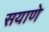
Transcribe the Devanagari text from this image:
सयाणे